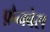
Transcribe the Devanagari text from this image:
फ़ैनबेस